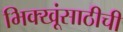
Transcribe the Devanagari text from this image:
भिक्खूंसाठीची